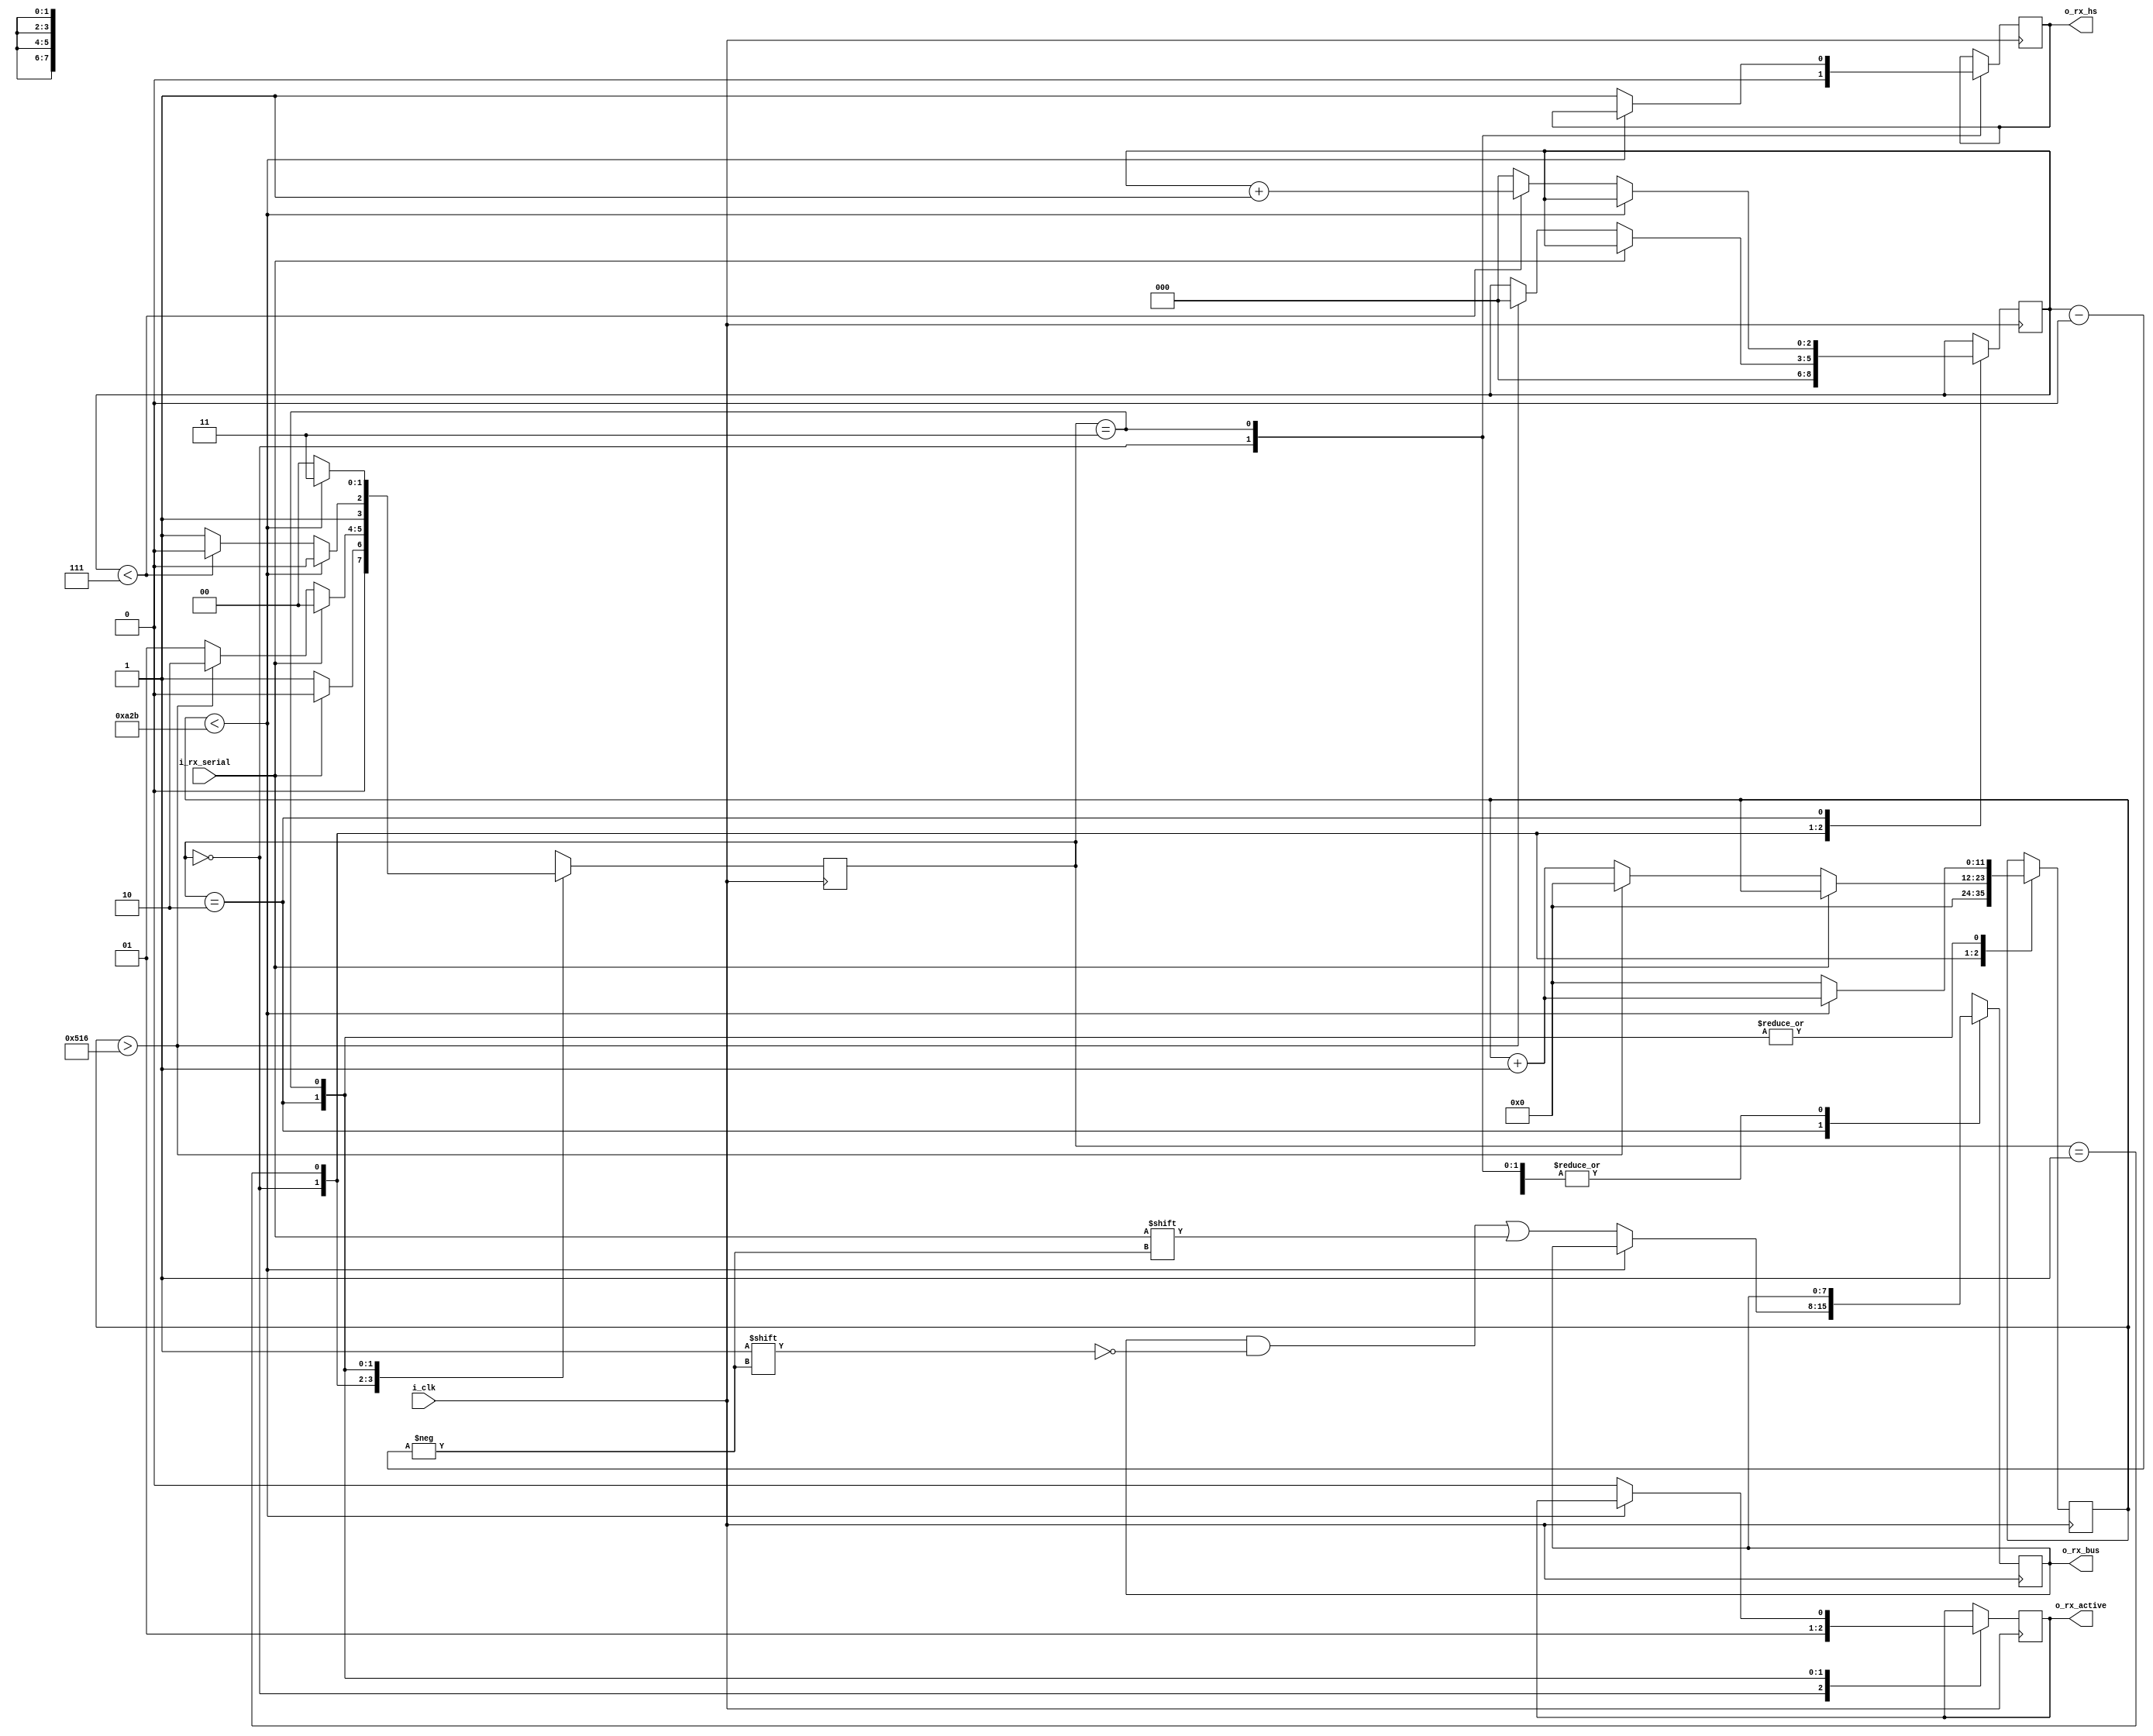
`timescale 1ns / 1ps
//////////////////////////////////////////////////////////////////////////////////
// Company: 
// Engineer: 
// 
// Design Name: 
// Module Name: uart_rx
// Project Name: 
// Target Devices: 
// Tool Versions: 
// Description: 
// 
// Dependencies: 
// 
// Revision:
// Revision 0.01 - File Created
// Additional Comments:
// 
//////////////////////////////////////////////////////////////////////////////////


module uart_rx 
#(
parameter BAUD_RATE = 115200, 
parameter CLK_FREQ = 300000000,
parameter BUS_WIDTH = 8
)
(
input i_rx_serial, 
input i_clk, 
output reg [BUS_WIDTH - 1 : 0] o_rx_bus,
output o_rx_hs,
output o_rx_active
);

//Registers
reg [2:0]r_bit_index;
reg [11:0] r_clk_cnt;
reg [1:0] r_cstate;
reg [BUS_WIDTH - 1 : 0] r_rx_data_bus;
reg r_rx_active;
reg r_rx_done;

//Definitions
`define IDLE 0
`define START 1
`define DATA 2
`define STOP 3
`define CLK_PER_BIT 2604

initial
begin
    r_clk_cnt <= 0;
    r_cstate <= `IDLE;
    r_bit_index <= 0;
    r_rx_active <= 0;
    r_rx_done <= 0;
end

always @(posedge i_clk)
begin

case (r_cstate)

    `IDLE :
    begin
        r_rx_done <= 0;
        r_clk_cnt <= 0;
        r_bit_index <= 0;
        r_rx_active <= 0;
        if(i_rx_serial == 0)
        begin
            r_cstate <= `START;
        end
        else
        begin
            r_cstate <= `IDLE;
        end
    end
    
    `START :
    begin
        if(i_rx_serial == 1)
        begin
            r_cstate <= `IDLE;
        end
        else
        begin
            if(r_clk_cnt > `CLK_PER_BIT / 2)
            begin
                r_clk_cnt <= 0;
                r_bit_index <= 0;
                r_cstate <= `DATA;
            end
            else
            begin
                r_clk_cnt <= r_clk_cnt + 1;
                r_cstate <= `START;
            end
        end
    end
    
    `DATA :
    begin
        r_rx_active <= 1;
        if(r_clk_cnt < `CLK_PER_BIT - 1)
        begin
            r_clk_cnt <= r_clk_cnt + 1;
            r_cstate <= `DATA;
        end
        else
        begin
            r_clk_cnt <= 0;
            o_rx_bus[r_bit_index] <= i_rx_serial;
            if(r_bit_index < 7)
            begin
                r_bit_index <= r_bit_index + 1;
                r_cstate <= `DATA;
            end
            else
            begin
                r_bit_index <= 0;
                r_cstate <= `STOP;
            end
        end
    end
    
    `STOP :
    begin
        if(r_clk_cnt < `CLK_PER_BIT - 1)
        begin
            r_clk_cnt <= r_clk_cnt + 1;
            r_cstate <= `STOP;
        end
        else
        begin
            r_rx_done <= 1;
            r_clk_cnt <= 0;
            r_rx_active <= 0;
            r_cstate <= `IDLE;
        end
    end
endcase
end

//Assigns the active and handshake register to their respective output
assign o_rx_hs = r_rx_done;
assign o_rx_active = r_rx_active;

endmodule